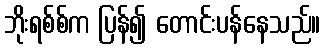
ဘိုးရစ်စ်က ပြန်၍ တောင်းပန်နေသည်။